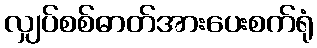
လျှပ်စစ်ဓာတ်အားပေးစက်ရုံ